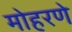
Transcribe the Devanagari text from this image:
मोहरणे